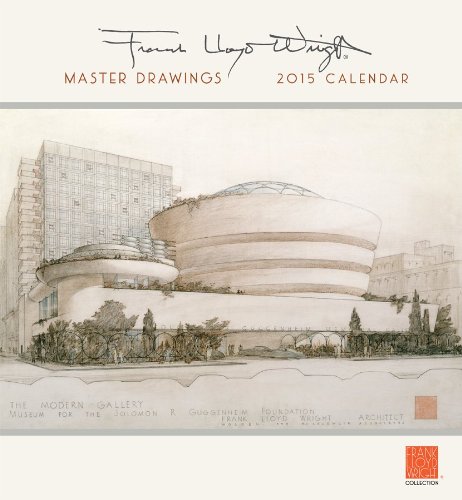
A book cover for Master Drawings 2015 Calendar; Calendars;